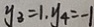
y _ { 3 } = 1 , y _ { 4 } = - 1